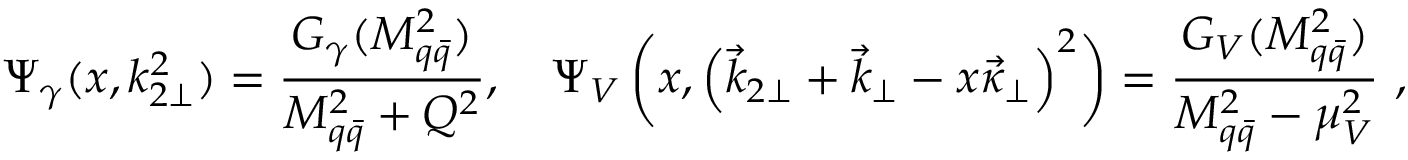
\Psi _ { \gamma } ( x , k _ { 2 \perp } ^ { 2 } ) = \frac { G _ { \gamma } ( M _ { q \bar { q } } ^ { 2 } ) } { M _ { q \bar { q } } ^ { 2 } + Q ^ { 2 } } , \quad \Psi _ { V } \left( x , \left( \vec { k } _ { 2 \perp } + \vec { k } _ { \perp } - x \vec { \kappa } _ { \perp } \right) ^ { 2 } \right) = \frac { G _ { V } ( M _ { q \bar { q } } ^ { 2 } ) } { M _ { q \bar { q } } ^ { 2 } - \mu _ { V } ^ { 2 } } \ ,